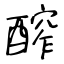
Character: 醡